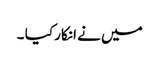
میں نے انکار کیا ۔